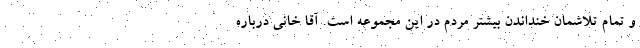
و تمام تلاشمان خنداندن بیشتر مردم در این مجموعه است. آقا خانی درباره